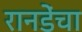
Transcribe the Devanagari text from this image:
रानडेंचा